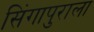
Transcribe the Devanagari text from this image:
सिंगापुराला